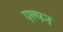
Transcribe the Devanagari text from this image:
एल्पन